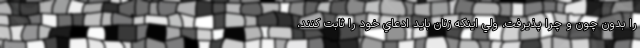
را بدون چون و چرا پذيرفت، ولي اينكه زنان بايد ادعاي خود را ثابت كنند،